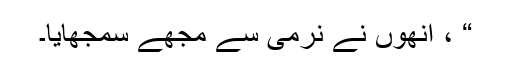
“ ، انھوں نے نرمی سے مجھے سمجھایا۔